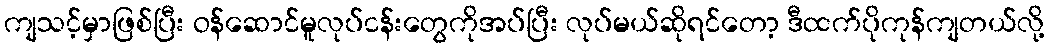
ကျသင့်မှာဖြစ်ပြီး ဝန်ဆောင်မူလုပ်ငန်းတွေကိုအပ်ပြီး လုပ်မယ်ဆိုရင်တော့ ဒီထက်ပိုကုန်ကျတယ်လို့